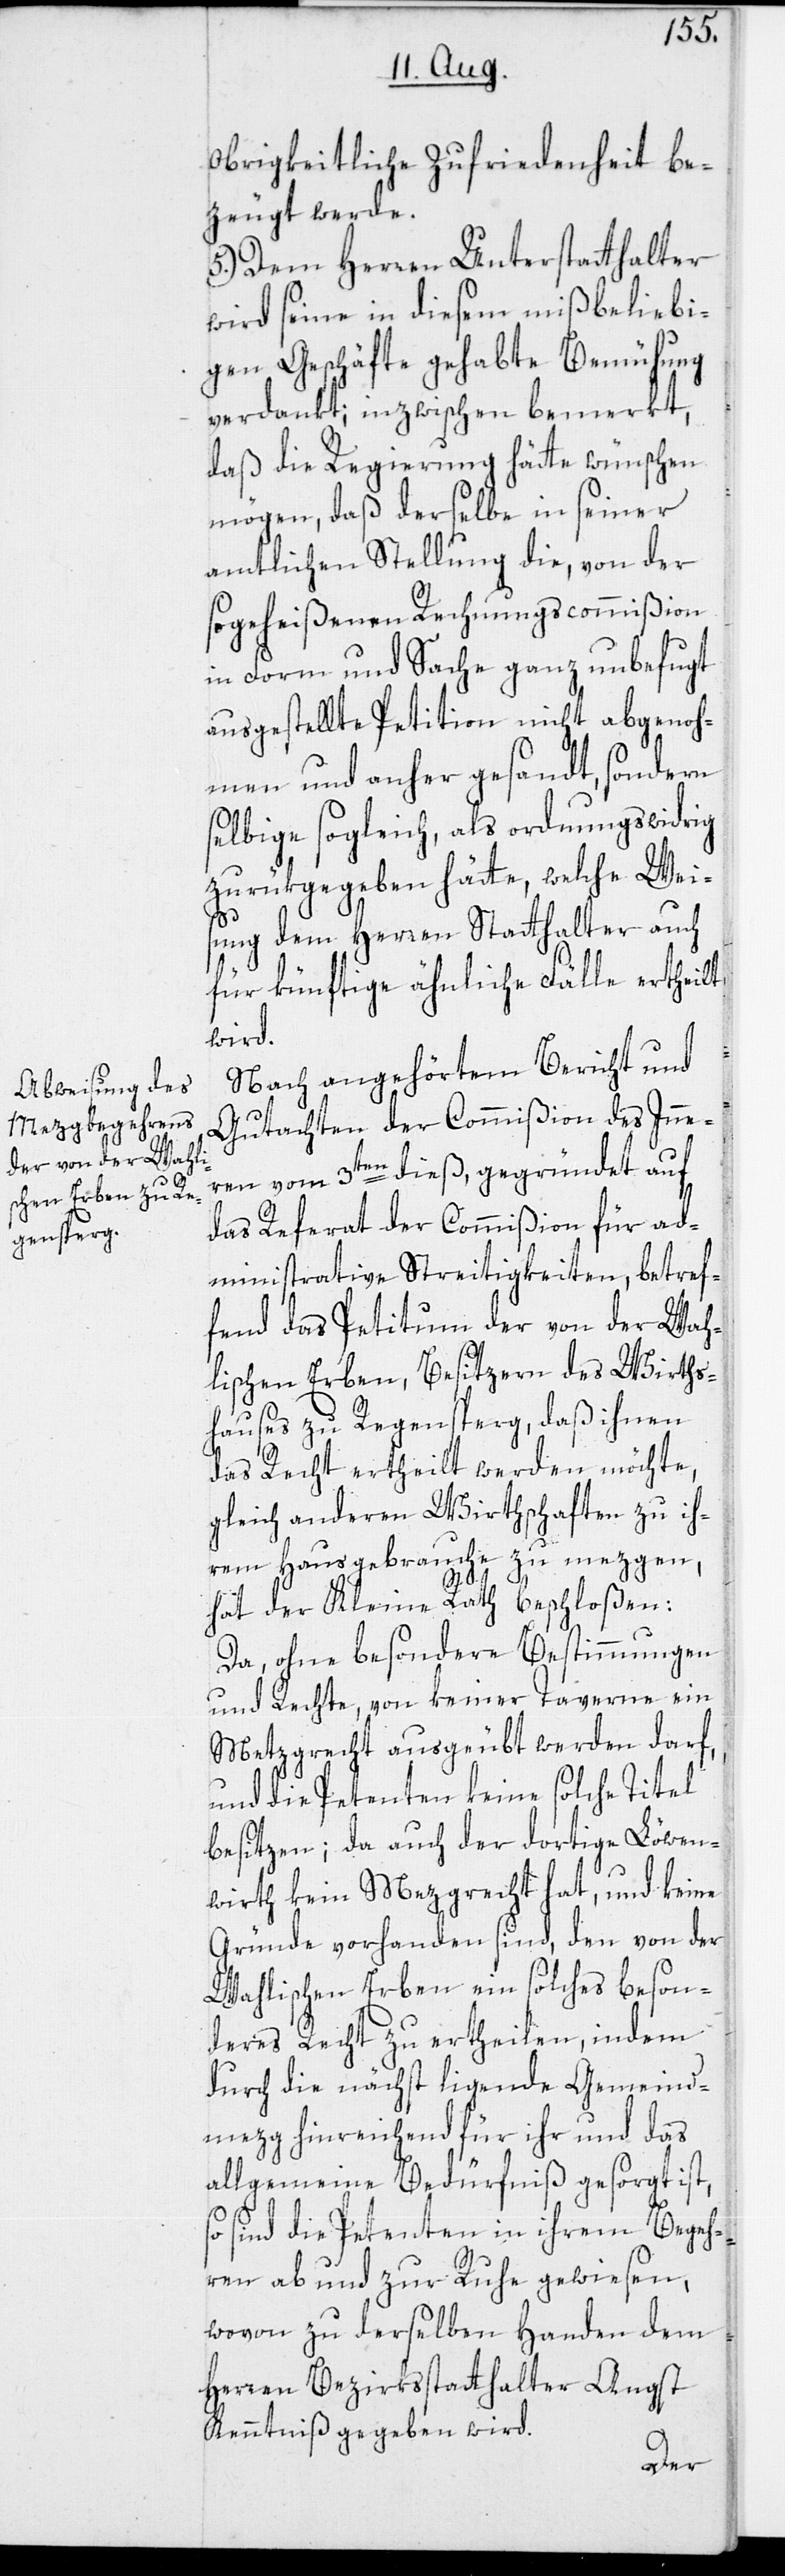
Obrigkeitliche Zufriedenheit be¬
zeugt werde.
5.) Dem Herren Unterstatthalter
wird seine in diesem mißbeliebi¬
gen Geschäfte gehabte Bemühung
verdankt; inzwischen bemerkt,
daß die Regierung hätte wünschen
mögen, daß derselbe in seiner
amtlichen Stellung die, von der
so geheißenen Rechnungscommißion
in Form und Sache ganz unbefugt
ausgestellte Petition nicht abgenoh¬
men und anher gesandt, sondern
selbige sogleich, als ordnungswidrig
zurükgegeben hätte, welche Weis¬
ung dem Herren Statthalter auch
für künftige ähnliche Fälle ertheilt
wird.
Nach angehörtem Bericht und
Gutachten der Commißion des Inne¬
ren vom 3ten dieß, gegründet auf
das Referat der Commißion für ad¬
ministrative Streitigkeiten, betref¬
fend das Petitum der von der Wah¬
lischen Erben, Besitzern des Wirts¬
hauses zu Regensberg, daß ihnen
das Recht ertheilt werden möchte,
gleich anderen Wirthschaften zu ih¬
rem Hausgebrauche zu mezgen,
hat der Kleine Rath beschloßen:
Da, ohne besondere Bestimmungen
und Rechte, von keiner Taverne ein
Metzgrecht ausgeübt werden darf,
und die Petenten keine solche Titel
besitzen; da auch der dortige Löwen¬
wirth kein Mezgrecht hat, und keine
Gründe vorhanden sind, den von der
Wahlischen Erben ein solches beson¬
deres Recht zu ertheilen, indem
durch die nächst ligende Gemeind¬
mezg hinreichend für ihr und das
allgemeine Bedürfniß gesorgt ist,
so sind die Petenten in ihrem Begeh¬
ren ab und zur Ruhe gewiesen,
wovon zu derselben Handen dem
Herren Bezirksstatthalter Angst
Kenntniß gegeben wird.